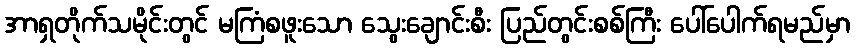
အာရှတိုက်သမိုင်းတွင် မကြံစဖူးသော သွေးချောင်းစီး ပြည်တွင်းစစ်ကြီး ပေါ်ပေါက်ရမည်မှာ